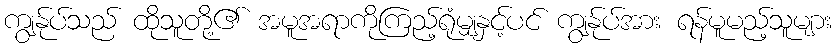
ကျွန်ုပ်သည် ထိုသူတို့၏ အမူအရာကိုကြည့်ရုံမျှနှင့်ပင် ကျွန်ုပ်အား ရန်မူမည့်သူများ